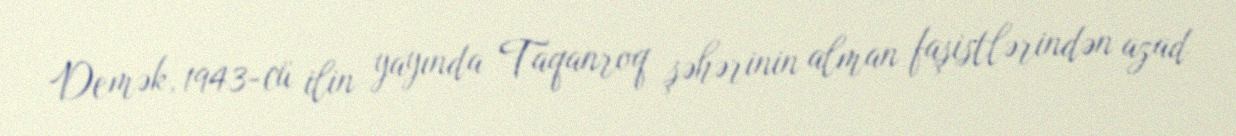
Demək, 1943-cü ilin yayında Taqanroq şəhərinin alman faşistlərindən azad